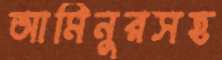
আমিনুরসহ